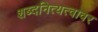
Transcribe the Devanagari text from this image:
शब्दनित्यत्वावर